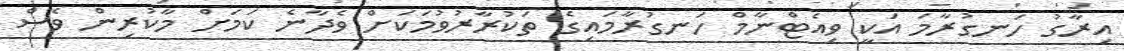
އިރާގު ހަނގުރާމަ އަކީ ވިއެޓްނާމް ހަނގުރާމައިގެ ތަކުރާރުވުމަކަށް ވެދާނެ ކަމަށް މާކުރިން ވެސް